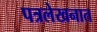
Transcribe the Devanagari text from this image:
पत्रलेखनात